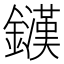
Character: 𨮟